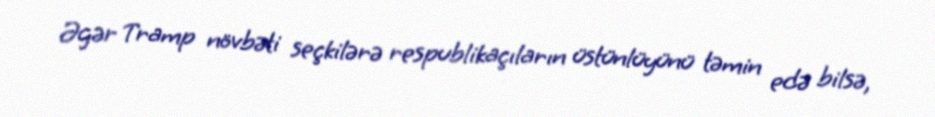
Əgər Tramp növbəti seçkilərə respublikaçıların üstünlüyünü təmin edə bilsə,